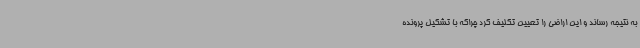
به نتیجه رساند و این اراضی را تعیین تکلیف کرد چراکه با تشکیل پرونده